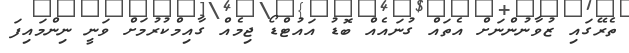
ތެރޭގައި ޒުވާނުންނަށް އެތައް ގުނައެއް ބޮޑު އައުޓްޑޯ ޖިމެއް ގާއިމްކުރުމަށް ވަނީ ނިންމައިފަ